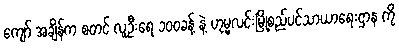
ကျော် အချိန်က စတင် လူဦးရေ ၁၀၀ခန့် နဲ့ ဟုမ္မလင်းမြို့စည်ပင်သာယာရေးဌာန ကို